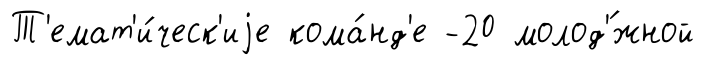
Т'емат'и́ческ'иjе кома́нд'е -20 молод'́жной